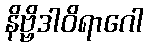
နိဗ္ဗိဒါဝိရာဂေါ